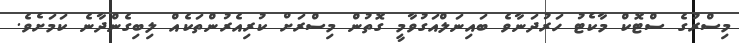
މިސްރުގެ ސްޓޮކް މާކެޓު ހަރުދަނާވެ ބައިނަލްއަގުވާމީ ގޮތުން މިސްރަށް ކުރިއެރުންތަކެއް ލިބިގެންދާނެ ކަމަށެވެ.